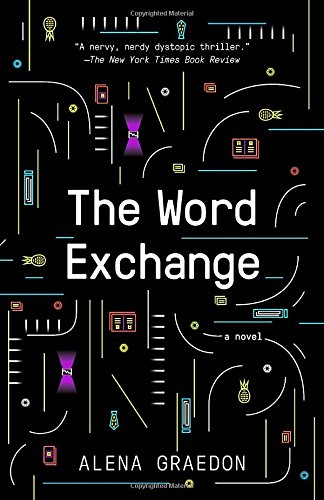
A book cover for The Word Exchange; Alena Graedon; Mystery, Thriller & Suspense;